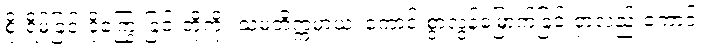
စိုးရိမ်ခြင်းငိုကြွေးခြင်းတို့ကို။ သမတိက္ကမာယ၊ ကောင်းစွာလွန်မြောက်ခြင်းငှာလည်းကောင်း။